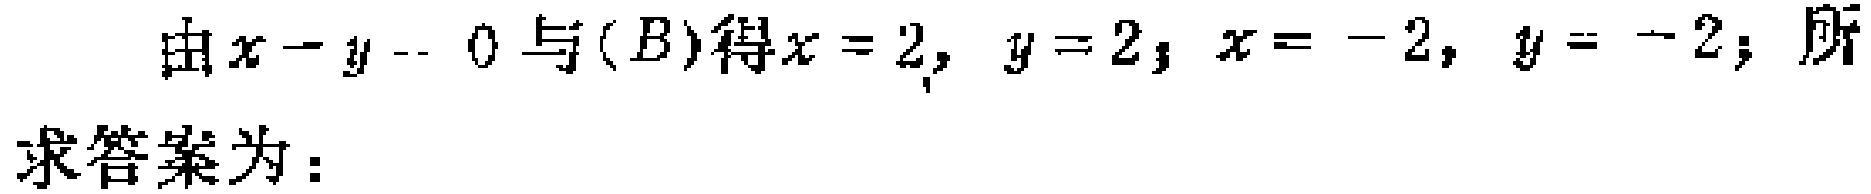
由\(x - y = 0\)与\((B)\)得\(x = 2, y = 2; x = - 2, y = - 2;\)所求答案为：